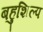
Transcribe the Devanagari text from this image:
बहुशिल्प